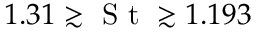
1 . 3 1 \gtrsim \textrm { S t } \gtrsim 1 . 1 9 3